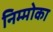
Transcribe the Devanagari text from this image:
निम्मोका